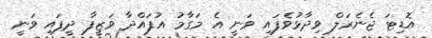
އޮޑިޓަ ޖެނެރަލް ވިދާޅުވެފައި ވަނީ އެ މަގާމު އުފައްދާ ވަޒީފާ ދީފައި ވަނީ